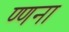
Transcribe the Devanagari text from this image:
ण्णना